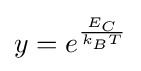
y=e^{\frac {E_{C}}{k_{B}T}}